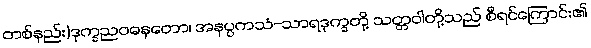
တစ်နည်း)ဒုက္ခညဝဓနတော၊ အနပ္ပကသံ-သာရဒုက္ခတို့ သတ္တဝါတို့သည် စီရင်ကြောင်း၏